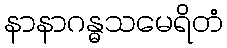
နာနာဂန္ဓသမေရိတံ